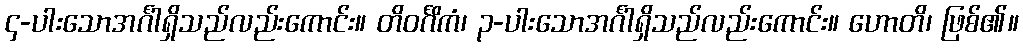
၄-ပါးသောအင်္ဂါရှိသည်လည်းကောင်း။ တိဝင်္ဂိကံ၊ ၃-ပါးသောအင်္ဂါရှိသည်လည်းကောင်း။ ဟောတိ၊ ဖြစ်၏။